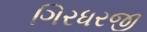
ગિરધરજી